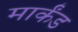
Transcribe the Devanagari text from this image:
मार्कंड